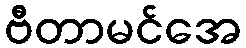
ဗီတာမင်အေ